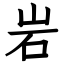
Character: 岩